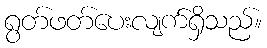
ရွတ်ဖတ်ပေးလျက်ရှိသည်။